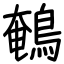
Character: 鵪